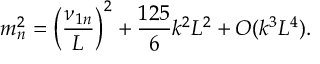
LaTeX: m _ { n } ^ { 2 } = \left( \frac { \nu _ { 1 n } } { L } \right) ^ { 2 } + \frac { 1 2 5 } { 6 } k ^ { 2 } L ^ { 2 } + O ( k ^ { 3 } L ^ { 4 } ) .